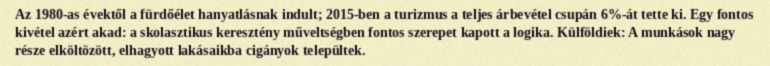
Az 1980-as évektől a fürdőélet hanyatlásnak indult; 2015-ben a turizmus a teljes árbevétel csupán 6%-át tette ki. Egy fontos kivétel azért akad: a skolasztikus keresztény műveltségben fontos szerepet kapott a logika. Külföldiek: A munkások nagy része elköltözött, elhagyott lakásaikba cigányok települtek.